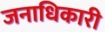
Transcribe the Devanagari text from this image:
जनाधिकारी